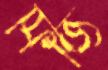
ফিজি